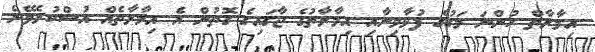
އިމާރާތް ހުންނަ މަގުގެ ފުޅާމިނާއި އިމާރާތުގެ ޖާގައިގެ ގޮތުން އެ އިމާރާތެއް އުސްކުރެވޭނެ